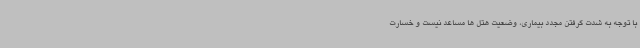
با توجه به شدت گرفتن مجدد بیماری، وضعیت هتل ها مساعد نیست و خسارت